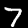
Label: 7